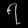
Digit: ၇